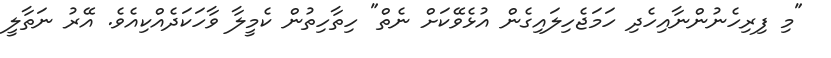
"މި ފިރިހެނުންނާއިހެދި ހަމަޖެހިލައިގެން އުޅެވޭކަށް ނެތް" ހިތާހިތުން ކެމީލާ ވާހަކަދެއްކިއެވެ. އޭރު ނަތާލީ